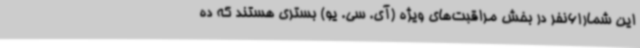
این شمار61نفر در بخش مراقبت‌های ویژه (آی. سی. یو) بستری هستند که ده